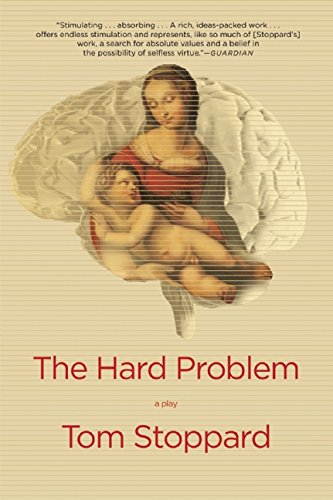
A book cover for The Hard Problem: A Play; Tom Stoppard; Literature & Fiction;